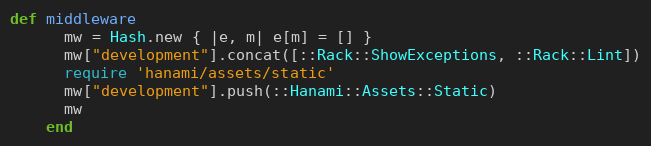
Language: Ruby
def middleware
      mw = Hash.new { |e, m| e[m] = [] }
      mw["development"].concat([::Rack::ShowExceptions, ::Rack::Lint])
      require 'hanami/assets/static'
      mw["development"].push(::Hanami::Assets::Static)
      mw
    end